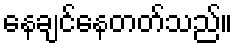
နေချင်နေတတ်သည်။